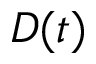
D ( t )